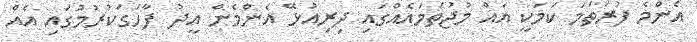
އެންމެ ފުރަތަމަ ކަމަކީ އެއް މުޖުތަމައެއްގައި ދިރިއުޅޭ އެންމެން އީދު ފާހަގަކުރުމުގައި އެއް